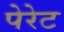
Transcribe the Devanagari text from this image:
पेरेट